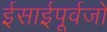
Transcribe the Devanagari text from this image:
ईसाईपूर्वजों